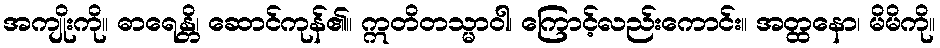
အကျိုးကို။ ဓာရေန္တိ၊ ဆောင်ကုန်၏။ ဣတိတသ္မာဝါ၊ ကြောင့်လည်းကောင်း။ အတ္ထနော၊ မိမိကို။